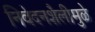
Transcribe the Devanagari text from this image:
निवेदनशैलीमुळे